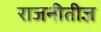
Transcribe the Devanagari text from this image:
राजनीतीज्ञ